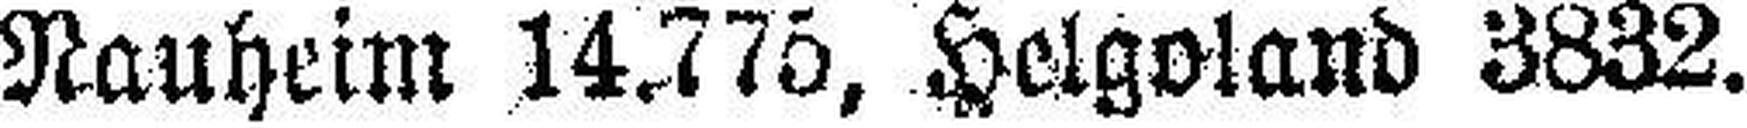
Nauheim 14.775, Helgoland 3832.